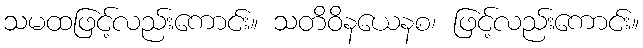
သမထဖြင့်လည်းကောင်း။ သတိဝိနယေနစ၊ ဖြင့်လည်းကောင်း။